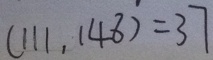
( 1 1 1 , 1 4 8 ) = 3 7